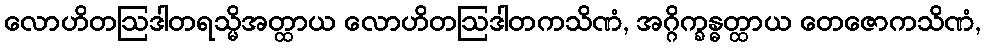
လောဟိတဩဒါတရသ္မိအတ္ထာယ လောဟိတဩဒါတကသိဏံ, အဂ္ဂိက္ခန္ဓတ္ထာယ တေဇောကသိဏံ,